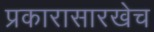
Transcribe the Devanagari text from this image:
प्रकारासारखेच